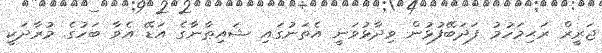
ޖަރީރް ރަޙިމަހުމު ފަދަބޭފުޅުން ވިދާޅުވަނީ އެތަނުގައި ޝައިޠާނާގެ އަޑޭ އެވާ ބަހުގެ މުރާދަކީ